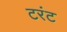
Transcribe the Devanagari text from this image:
टरंट